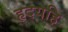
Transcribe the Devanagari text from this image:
हृदयहि